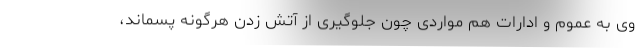
وی به عموم و ادارات هم مواردی چون جلوگیری از آتش زدن هرگونه پسماند،